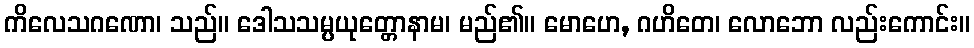
ကိလေသဂဏော၊ သည်။ ဒေါသသမ္ပယုတ္တောနာမ၊ မည်၏။ မောဟေ, ဂဟိတေ၊ လောဘော လည်းကောင်း။